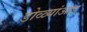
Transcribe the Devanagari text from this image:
डोळ्यांआड